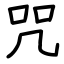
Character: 咒